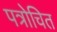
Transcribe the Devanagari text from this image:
पत्रोचित